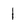
Character: 1